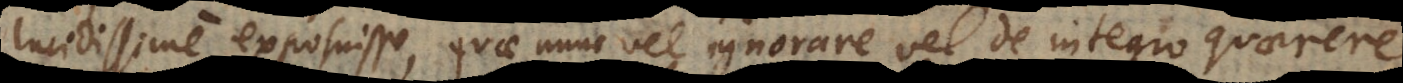
lucidissime exposuisse, quae nunc vel ignorare vel de integro quaerere